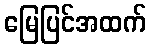
မြေပြင်အထက်